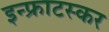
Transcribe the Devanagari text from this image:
इन्फ्राटस्कर